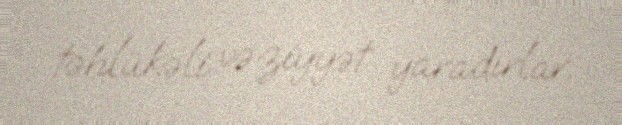
təhlükəli vəziyyət yaradırlar.